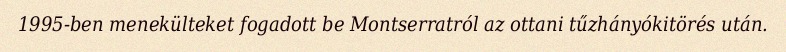
1995-ben menekülteket fogadott be Montserratról az ottani tűzhányókitörés után.